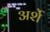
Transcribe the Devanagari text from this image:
अर्शे